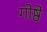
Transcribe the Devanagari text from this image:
गोष्ठे